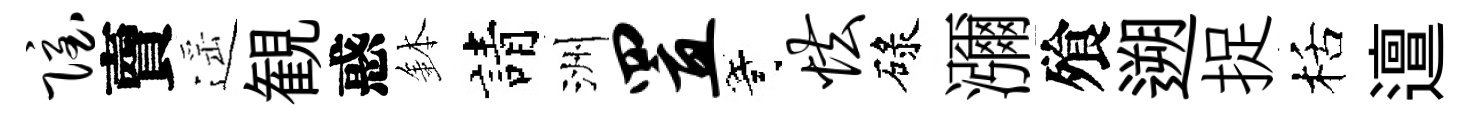
隐𧶠遥観惑鉢請洲置寄怯碌瀰飱遡捉栝邅